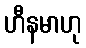
ဟီနမာဟု